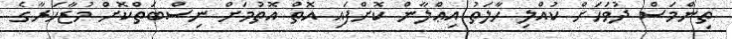
ތިންމަސް ދުވަހަށް ކުއްލި ހާލަތު އިޢްލާން ކޮށްފައި އޮތް އޮތުމަށް ނިސްބަތްކޮށް މުޒާހަރާގެ